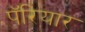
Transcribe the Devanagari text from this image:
पॅरियार